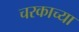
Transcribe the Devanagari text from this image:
चरकाच्या